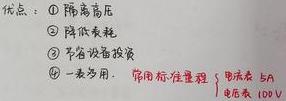
优点：\textcircled{1}隔离高压
\textcircled{2}降低表耗
\textcircled{3}节省设备投资
\textcircled{4}一表多用，常用标准量程：电流表 5A，电压表 100V